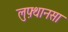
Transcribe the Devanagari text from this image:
लुफ़्थानसा